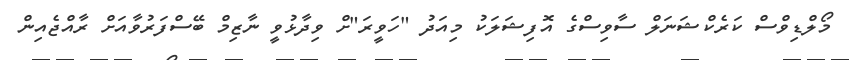
މޯލްޑިވްސް ކަރެކްޝަނަލް ސާވިސްގެ އޮފިޝަލަކު މިއަދު "ހަވީރަ"ށް ވިދާޅުވީ ނާޒިމް ބޭސްފަރުވާއަށް ރާއްޖެއިން